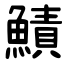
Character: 鰿